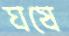
ঘষে